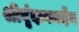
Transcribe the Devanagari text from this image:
श्रीवृंदावनदेव